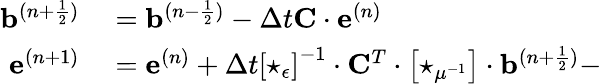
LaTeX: \begin{array}{rl}{\mathbf{b}^{(n+\frac{1}{2})}}&{{}=\mathbf{b}^{(n-\frac{1}{2})}-\Delta t\mathbf{C}\cdot\mathbf{e}^{(n)}}\\ {\mathbf{e}^{(n+1)}}&{{}=\mathbf{e}^{(n)}+\Delta t\left[\star_{\epsilon}\right]^{-1}\cdot{\mathbf{C}}^{T}\cdot\left[\star_{\mu^{-1}}\right]\cdot\mathbf{b}^{(n+\frac{1}{2})}-}\end{array}